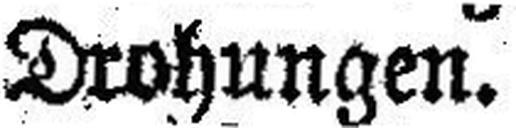
Drohungen.